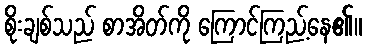
စိုးချစ်သည် စာအိတ်ကို ကြောင်ကြည့်နေ၏။